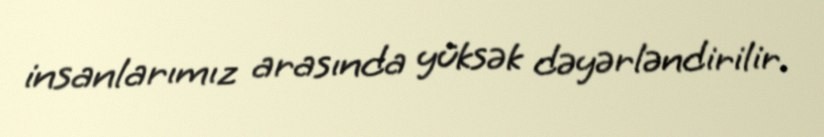
insanlarımız arasında yüksək dəyərləndirilir.